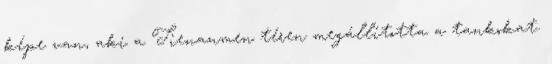
képe van, aki a Tienanmen téren megállította a tankokat.